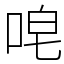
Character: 唣